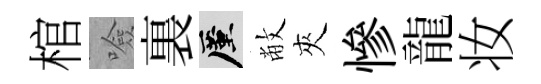
棺噞裏厪敝夾慘龍妆